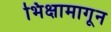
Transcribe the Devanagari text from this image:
भिक्षामागून